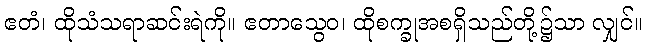
ဧတံ၊ ထိုသံသရာဆင်းရဲကို။ ဧတာသွေဝ၊ ထိုစက္ခုအစရှိသည်တို့၌သာ လျှင်။